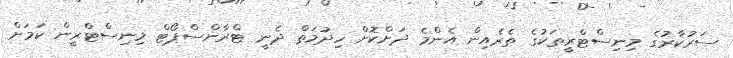
ސަރުކާރުގެ މިނިސްޓްރީތަކުގެ ތެރެއިން އެންމެ ދަށްކޮށް ހިދުމަތް ދެނީ ޓްރާންސްޕޯޓް މިނިސްޓްރީން ކަމަށް